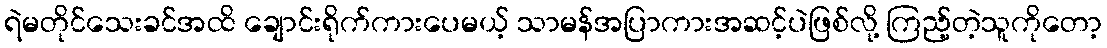
ရဲမတိုင်သေးခင်အထိ ချောင်းရိုက်ကားပေမယ့် သာမန်အပြာကားအဆင့်ပဲဖြစ်လို့ ကြည့်တဲ့သူကိုတော့